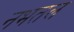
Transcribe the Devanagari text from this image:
नभतल